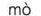
mò